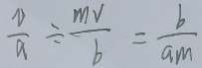
\frac { v } { a } \div \frac { m v } { b } = \frac { b } { a m }